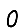
Digit: 0